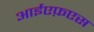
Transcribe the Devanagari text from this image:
आईएफ़एस